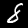
Digit: 8